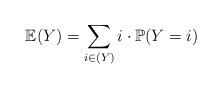
LaTeX: \begin{align*} \mathbb{E}(Y) = \sum_{i \in (Y)} i \cdot \mathbb{P}(Y= i)\end{align*}